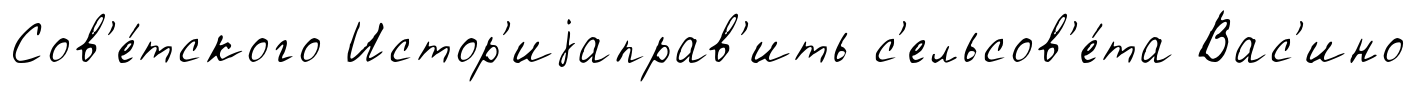
Сов'е́тского Истор'иjаправ'ить с'ельсов'е́та Вас'ино